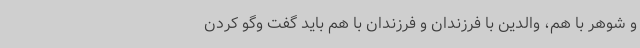
و شوهر با هم، والدین با فرزندان و فرزندان با هم باید گفت وگو کردن